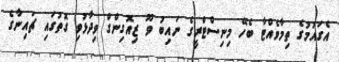
އެގައުމުގެ ތިމާވެއްޓާ ބެހޭ މިނިސްޓްރީގެ ނައިބު ވޫ ޒިއޮގިންގް ވިދާޅުވި ގޮތުގައި ޗައިނާގެ